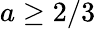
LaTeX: a\ge 2/3